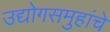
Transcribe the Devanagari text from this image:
उद्योगसमुहांचे